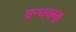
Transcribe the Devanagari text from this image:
यन्मयम्।